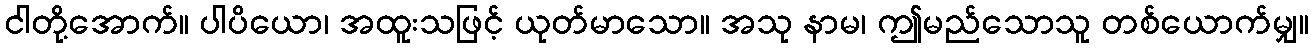
ငါတို့အောက်။ ပါပိယော၊ အထူးသဖြင့် ယုတ်မာသော။ အသု နာမ၊ ဤမည်သောသူ တစ်ယောက်မျှ။